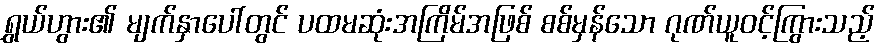
ရွှယ်ဟွား၏ မျက်နှာပေါ်တွင် ပထမဆုံးအကြိမ်အဖြစ် စစ်မှန်သော ဂုဏ်ယူဝင့်ကြွားသည့်